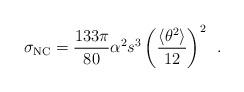
LaTeX: \begin{align*}\sigma_{{\rm NC}} = \frac{133\pi}{80} \alpha^2 s^3 \left(\frac{\langle \theta^2 \rangle}{12}\right)^2 \,\,\, .\end{align*}